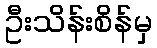
ဦးသိန်းစိန်မှ